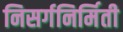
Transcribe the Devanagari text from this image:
निसर्गनिर्मिती